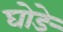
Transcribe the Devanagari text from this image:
घोङे